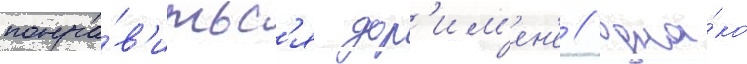
понра́в'итьс'я дор'им'ен'е / одна́ко